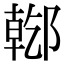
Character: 𨝌